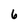
Character: 6